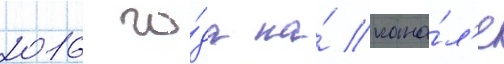
2016 го́да на́ кана́л'е